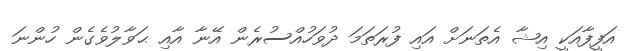
އަފީފާއަކީ އިޝާ އެތަނަށް އައި ފުރަތަމަ ދުވަހުއްސުރެން އޭނާ އާއި ޙަވާލުވެގެން ހުންނަ